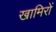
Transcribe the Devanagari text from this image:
खामिरों